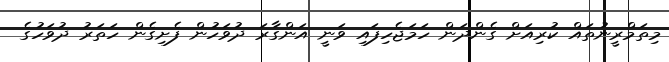
މިތަމްރީނުތައް ކުރިއަށް ގެންދަން ހަމަޖެހިފައި ވަނީ އަންގާރަ ދުވަހުން ފެށިގެން ހަތަރު ދުވަހުގެ